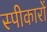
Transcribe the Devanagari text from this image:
स्पीकारों